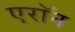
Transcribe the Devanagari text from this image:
एराॅन